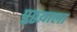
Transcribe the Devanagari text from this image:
पुठ्ठय़ाला